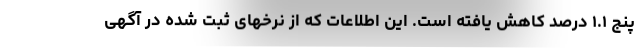
پنج ۱.۱ درصد کاهش یافته است. این اطلاعات که از نرخهای ثبت شده در آگهی